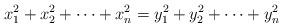
LaTeX: \begin{align*}x_1^2 + x_2^2 + \dotsb + x_n^2 = y_1^2 + y_2^2 + \dotsb + y_n^2 \\\end{align*}